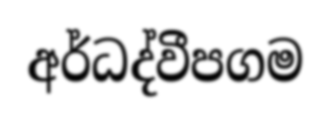
අර්ධද්වීපගම